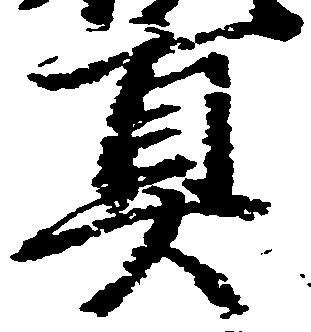
真